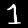
Label: 1